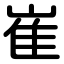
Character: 崔